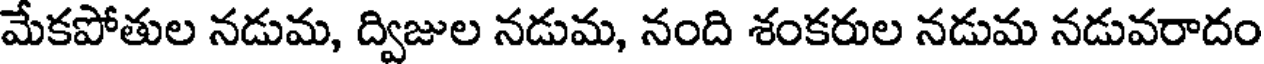
మేకపోతుల నడుమ, ద్విజుల నడుమ, నంది శంకరుల నడుమ నడువరాదం